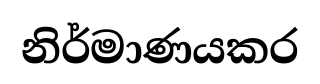
නිර්මාණයකර